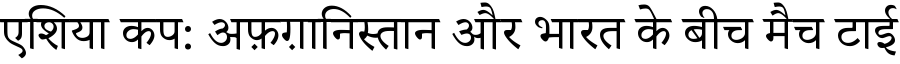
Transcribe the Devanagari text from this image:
एशिया कप: अफ़ग़ानिस्तान और भारत के बीच मैच टाई